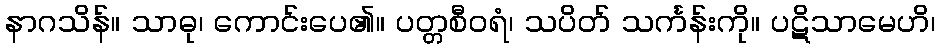
နာဂသိန်။ သာဓု၊ ကောင်းပေ၏။ ပတ္တစီဝရံ၊ သပိတ် သင်္ကန်းကို။ ပဋိသာမေဟိ၊